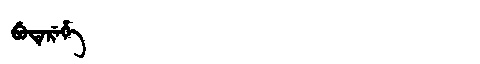
Manchu: ᠪᡠᡨᡝᡵᡝᡥᡝ
Romanization: BUTEREHE